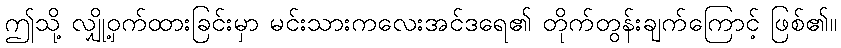
ဤသို့ လျှို့ဝှက်ထားခြင်းမှာ မင်းသားကလေးအင်ဒရေ၏ တိုက်တွန်းချက်ကြောင့် ဖြစ်၏။